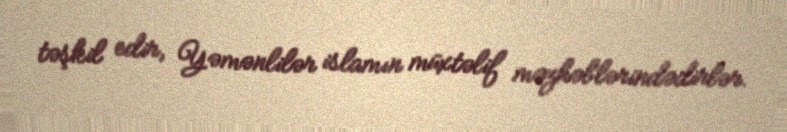
təşkil edir, Yəmənlilər islamın müxtəlif məzhəblərindədirlər.